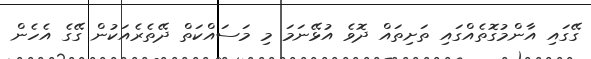
ގޭގައި އާންމުގޮތެއްގައި ތަށިތައް ދޮވެ އުޅޭނަމަ މި މަސައްކަތް ދޭތެރެއަކުން ގޭގެ އެހެން